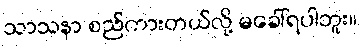
သာသနာ စည်ကားတယ်လို့ မခေါ်ရပါဘူး။